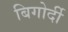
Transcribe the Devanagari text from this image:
बिगोर्दी